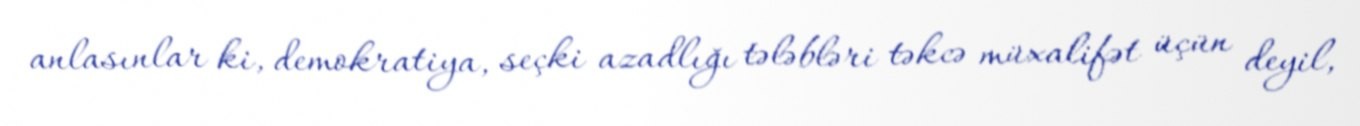
anlasınlar ki, demokratiya, seçki azadlığı tələbləri təkcə müxalifət üçün deyil,